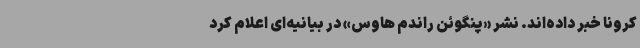
کرونا خبر داده‌اند. نشر «پنگوئن راندم هاوس» در بیانیه‌ای اعلام کرد